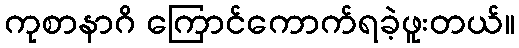
ကုစာနာဂိ ကြောင်ကောက်ရခဲ့ဖူးတယ်။